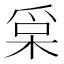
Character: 𰠀